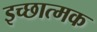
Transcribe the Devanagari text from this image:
इच्छात्मक